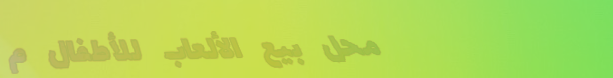
محل بيع الألعاب للأطفال م